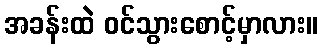
အခန်းထဲ ဝင်သွားစောင့်မှာလား။